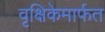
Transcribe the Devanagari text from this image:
वृक्षिकेमार्फत